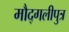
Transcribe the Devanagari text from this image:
मौद्गलीपुत्र